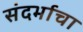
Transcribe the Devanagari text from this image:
संदर्भाचा